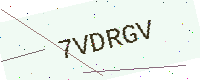
Text: 7VDRGV